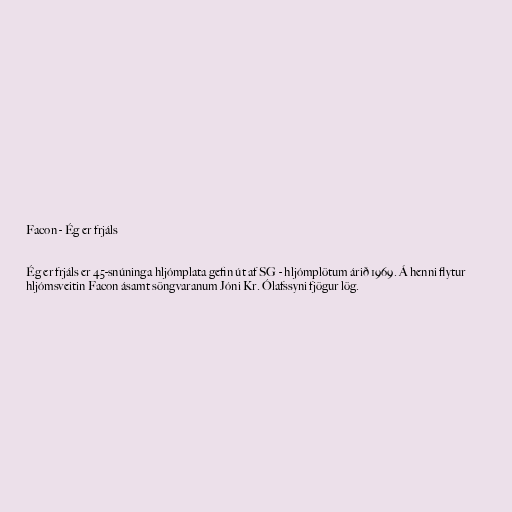
Facon - Ég er frjáls

Ég er frjáls er 45-snúninga hljómplata gefin út af SG - hljómplötum árið 1969. Á henni flytur
hljómsveitin Facon ásamt söngvaranum Jóni Kr. Ólafssyni fjögur lög.